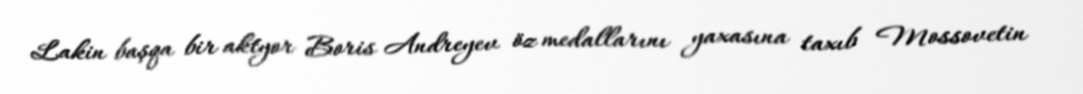
Lakin başqa bir aktyor Boris Andreyev öz medallarını yaxasına taxıb Mossovetin